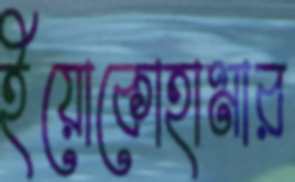
ইয়োকোহামার